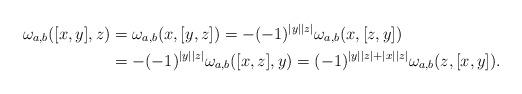
LaTeX: \begin{align*}\omega_{a,b}([x,y],z)&=\omega_{a,b}(x,[y,z])=-(-1)^{|y||z|}\omega_{a,b}(x,[z,y])\\&=-(-1)^{|y||z|}\omega_{a,b}([x,z],y)=(-1)^{|y||z|+|x||z|}\omega_{a,b}(z,[x,y]).\end{align*}